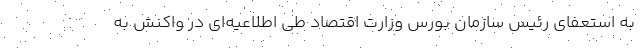
به استعفای رئیس سازمان بورس وزارت اقتصاد طی اطلاعیه‌ای در واکنش به